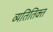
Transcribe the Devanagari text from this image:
व्यतितिक्त